Report on vaccination in Madras 1895-1903 - 1895-1903
Year: 1895
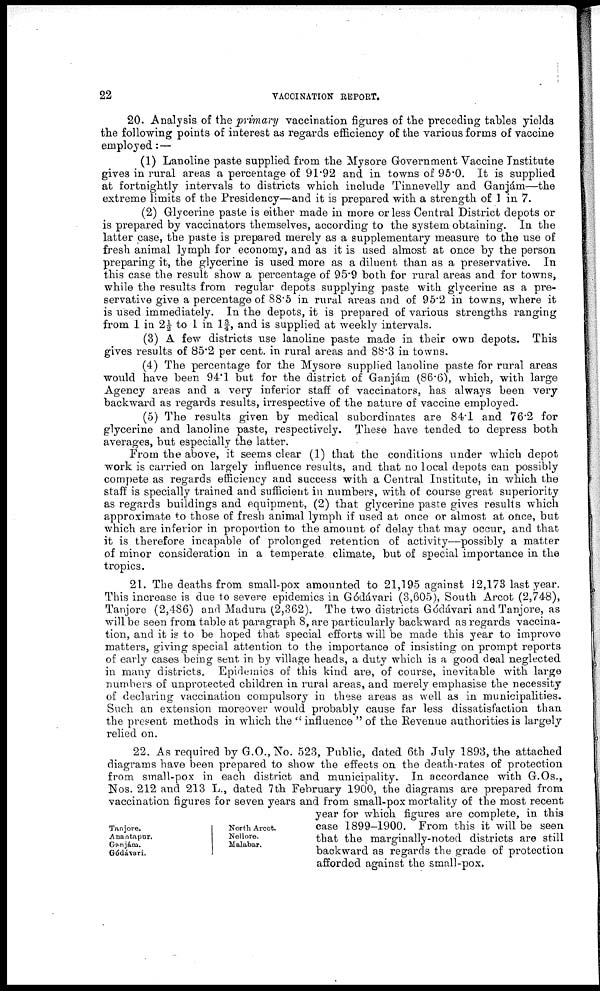
22
VACCINATION REPORT.
20. Analysis of the primary vaccination figures of the preceding tables yields
the following points of interest as regards efficiency of the various forms of vaccine
employed:—
(1) Lanoline paste supplied from the Mysore Government Vaccine Institute
gives in rural areas a percentage of 91.92 and in towns of 95.0. It is supplied
at fortnightly intervals to districts which include Tinnevelly and Ganjám—the
extreme limits of the Presidency—and it is prepared with a strength of 1 in 7.
(2) Glycerine paste is either made in more or less Central District depots or
is prepared by vaccinators themselves, according to the system obtaining. In the
latter case, the paste is prepared merely as a supplementary measure to the use of
fresh animal lymph for economy, and as it is used almost at once by the person
preparing it, the glycerine is used more as a diluent than as a preservative. In
this case the result show a percentage of 95.9 both for rural areas and for towns,
while the results from regular depots supplying paste with glycerine as a pre-
servative give a percentage of 88.5 in rural areas and of 95.2 in towns, where it
is used immediately. In the depots, it is prepared of various strengths ranging
from 1 in 2½ to 1 in 1¾, and is supplied at weekly intervals.
(3) A few districts use lanoline paste made in their own depots. This
gives results of 85.2 per cent. in rural areas and 88.3 in towns.
(4) The percentage for the Mysore supplied lanoline paste for rural areas
would have been 94.1 but for the district of Ganjám (86.6), which, with large
Agency areas and a very inferior staff of vaccinators, has always been very-
backward as regards results, irrespective of the nature of vaccine employed.
(5) The results given by medical subordinates are 84.1 and 76.2 for
glycerine and lanoline paste, respectively. These have tended to depress both
averages, but especially the latter.
From the above, it seems clear (1) that the conditions under which depot
work is carried on largely influence results, and that no local depots can possibly
compete as regards efficiency and success with a Central Institute, in which the
staff is specially trained and sufficient in numbers, with of course great superiority
as regards buildings and equipment, (2) that glycerine paste gives results which
approximate to those of fresh animal lymph if used at once or almost at once, but
which are inferior in proportion to the amount of delay that may occur, and that
it is therefore incapable of prolonged retention of activity—possibly a matter
of minor consideration in a temperate climate, but of special importance in the
tropics.
21. The deaths from small-pox amounted to 21,195 against 12,173 last year.
This increase is due to severe epidemics in Gódávari (3,605), South Arcot (2,748),
Tanjore (2,486) and Madura (2,362). The two districts Gódávari and Tanjore, as
will be seen from table at paragraph 8, are particularly backward as regards vaccina-
tion, and it is to be hoped that special efforts will be made this year to improve
matters, giving special attention to the importance of insisting on prompt reports
of early cases being sent in by village heads, a duty which is a good deal neglected
in many districts. Epidemics of this kind are, of course, inevitable with large
numbers of unprotected children in rural areas, and merely emphasise the necessity
of declaring vaccination compulsory in these areas as well as in municipalities.
Such an extension moreover would probably cause far less dissatisfaction than
the present methods in which the " influence " of the Revenue authorities is largely
relied on.
Tanjore.
Anantapur.
Ganjám.
Gódávari.
North Arcot.
Nellore.
Malabar.
22. As required by G.O., No. 523, Public, dated 6th July 1893, the attached
diagrams have been prepared to show the effects on the death-rates of protection
from small-pox in each district and municipality. In accordance with G.Os.,
Nos. 212 and 213 L., dated 7th February 1900, the diagrams are prepared from
vaccination figures for seven years and from small-pox mortality of the most recent
year for which figures are complete, in this
case 1899-1900. From this it will be seen
that the marginally-noted districts are still
backward as regards the grade of protection
afforded against the small-pox.